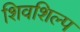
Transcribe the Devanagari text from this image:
शिवशिल्प